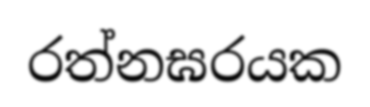
රත්නඝරයක